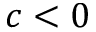
c < 0